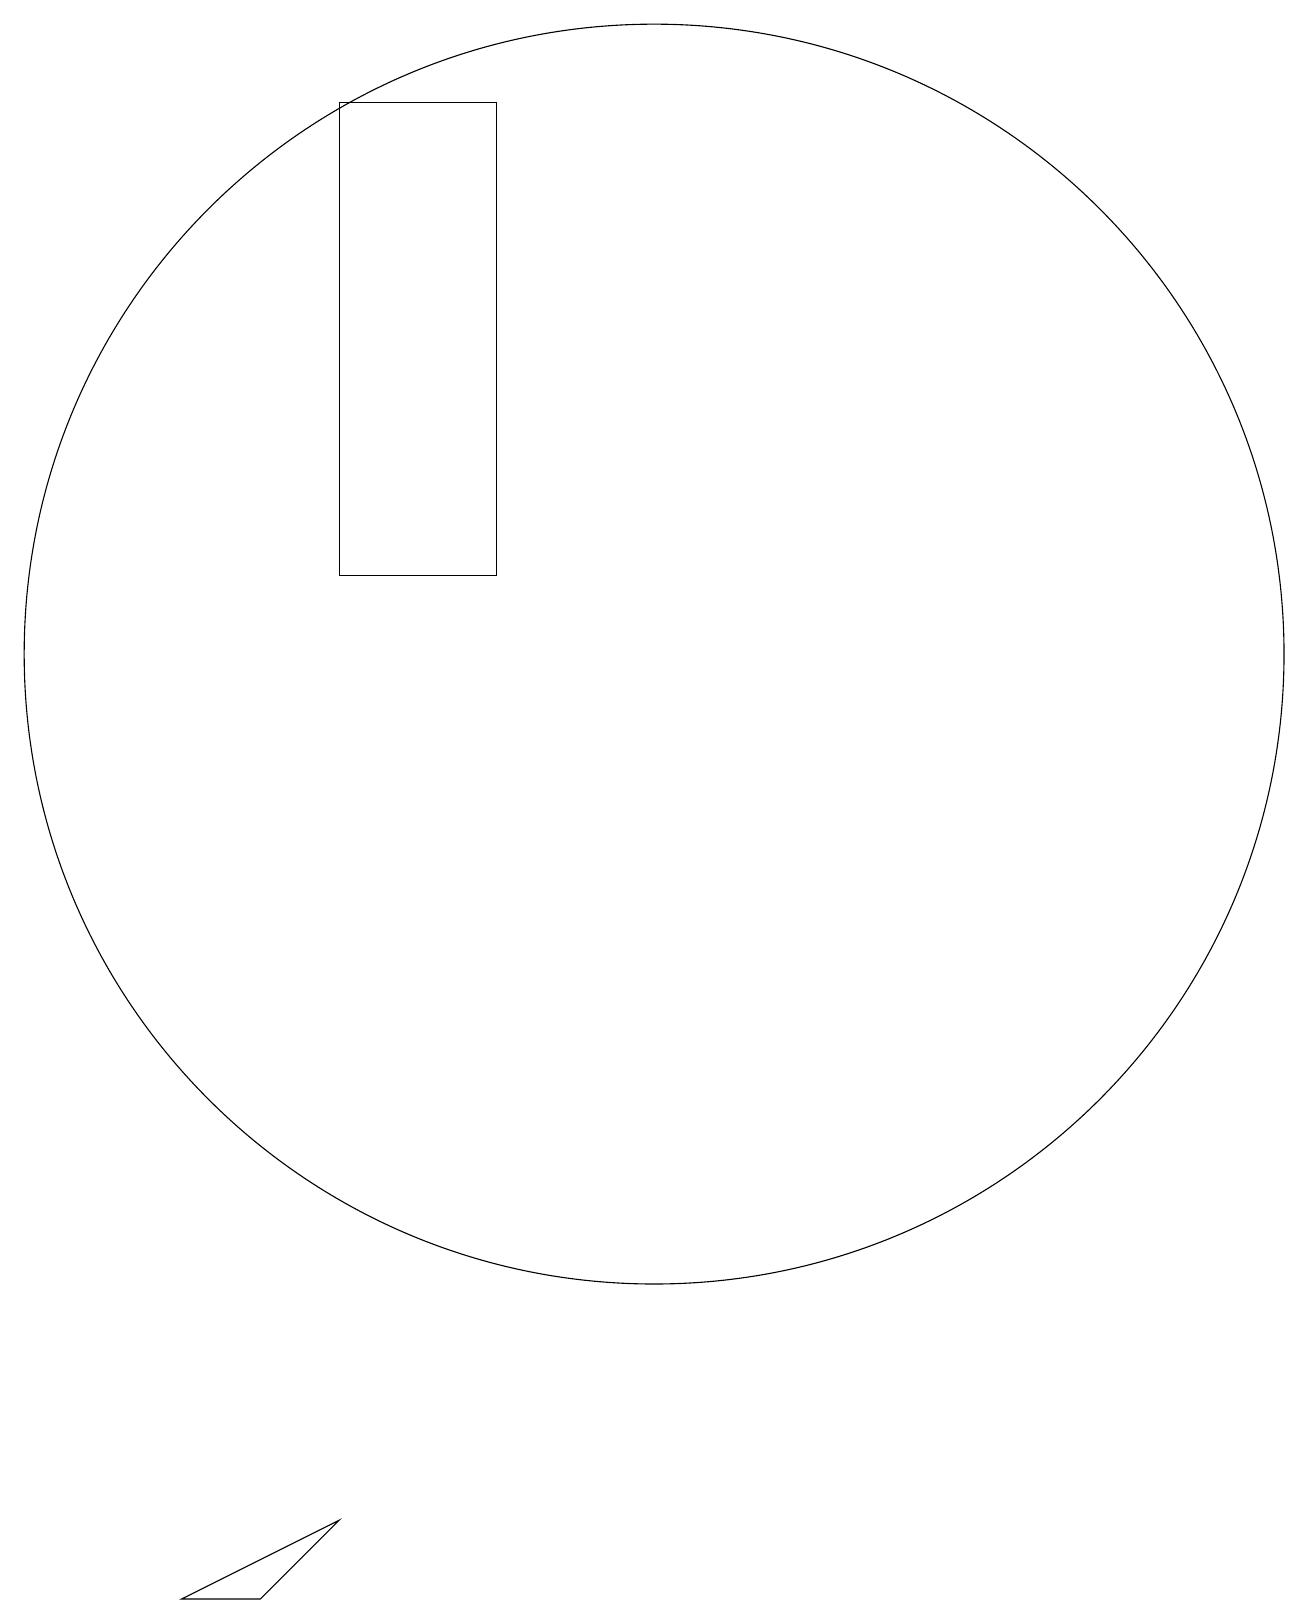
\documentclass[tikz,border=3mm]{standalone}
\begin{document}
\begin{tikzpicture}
\draw (5,0) -- (7,1) -- (6,0) -- cycle;
\draw (7,19) rectangle (9,13);
\draw (10,10) circle (0);
\draw (11,12) circle (8);
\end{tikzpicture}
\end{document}